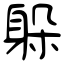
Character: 躲